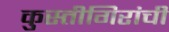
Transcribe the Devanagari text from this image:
कुस्तीगिरांची